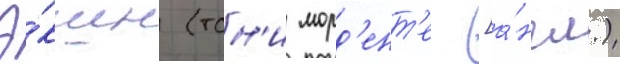
Э́кшн (тон'и морд'ент'е [а́нгл.)